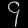
Digit: ၄